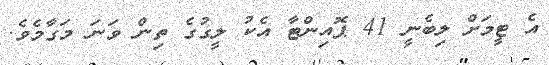
އެ ޓީމަށް ލިބެނީ 41 ޕޮއިންޓާ އެކު ލީގުގެ ތިން ވަނަ މަގާމެވެ.